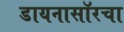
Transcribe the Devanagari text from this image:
डायनासॉरचा